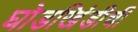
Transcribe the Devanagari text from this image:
घोडखिंडीची